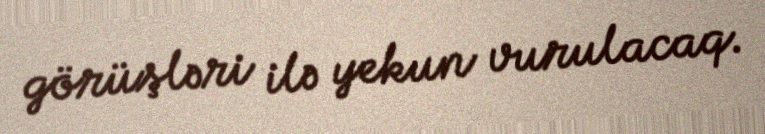
görüşləri ilə yekun vurulacaq.